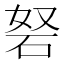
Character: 砮